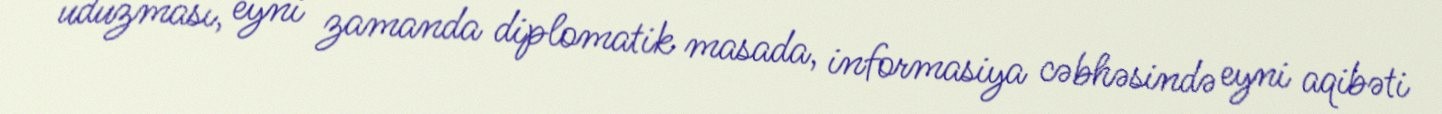
uduzması, eyni zamanda diplomatik masada, informasiya cəbhəsində eyni aqibəti